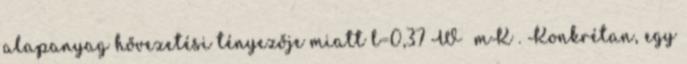
alapanyag hővezetési tényezője miatt l=0,37 W mK . Konkrétan, egy